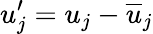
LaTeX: u_{j}^{\prime}=u_{j}-\overline{{u}}_{j}